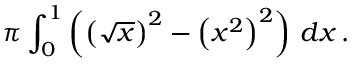
\pi \int _ { 0 } ^ { 1 } \left( \left( { \sqrt { x } } \right) ^ { 2 } - \left( x ^ { 2 } \right) ^ { 2 } \right) \, d x \, .